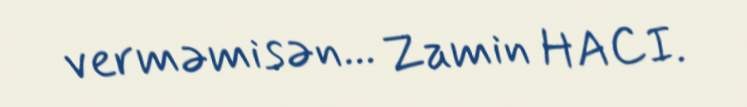
verməmisən... Zamin HACI.